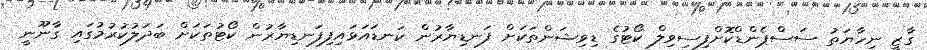
ގާޒީ ނިހާޔަތު ސަސްޕެންޑްކޮށްފިސިވިލް ކޯޓުގެ ޑިވިޝަންތަކަށް ފަނޑިޔާރުން ކަނޑައަޅައިފިފަނޑިޔާރުން ކޯޓުތަކަށް ބަދަލުކުރުމުގައި ގާނޫނީ